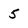
Character: 5